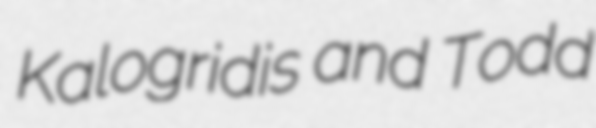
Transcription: Kalogridis and Todd